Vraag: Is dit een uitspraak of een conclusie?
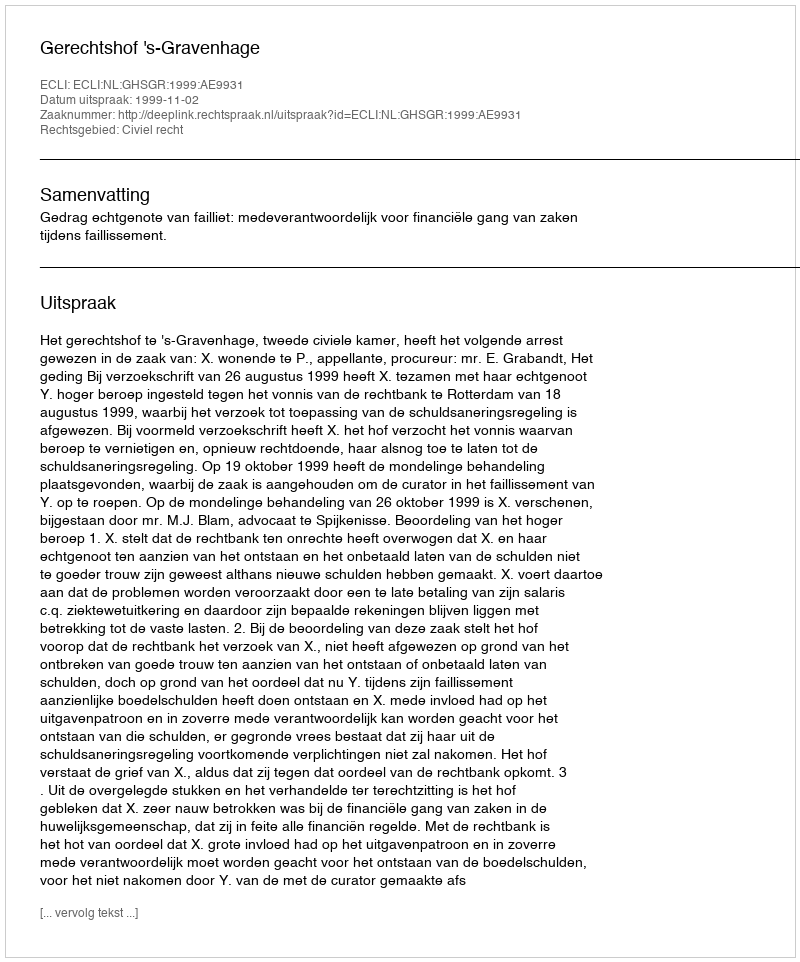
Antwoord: Uitspraak